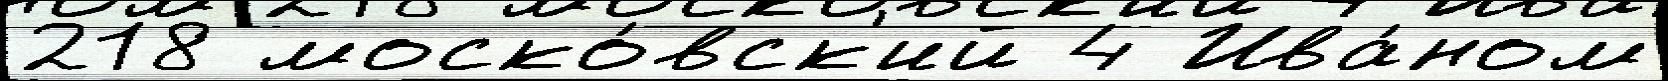
218 моско́вск'ий 4 Ива́ном